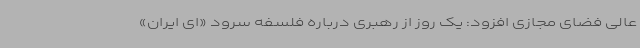
عالی فضای مجازی افزود: یک روز از رهبری درباره فلسفه سرود «ای ایران»